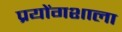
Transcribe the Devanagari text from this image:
प्रयोंगशाला